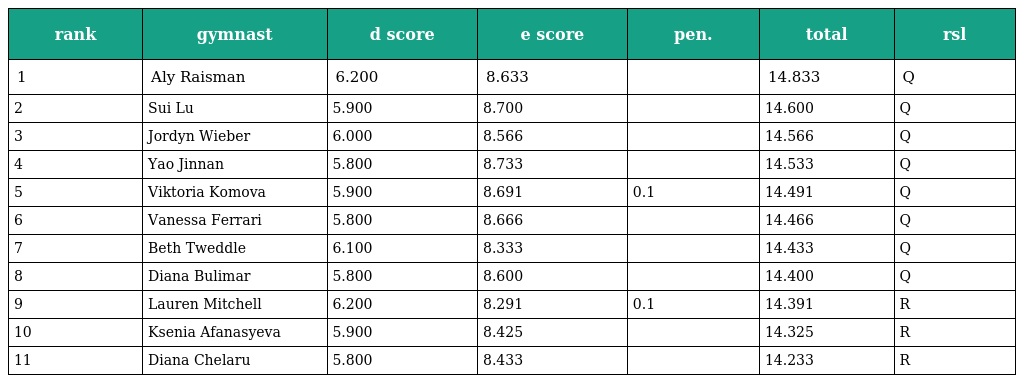
| rank | gymnast | d score | e score | pen. | total | rsl |
 | --- | --- | --- | --- | --- | --- | --- |
 | 1 | Aly Raisman | 6.200 | 8.633 |  | 14.833 | Q |
 | 2 | Sui Lu | 5.900 | 8.700 |  | 14.600 | Q |
 | 3 | Jordyn Wieber | 6.000 | 8.566 |  | 14.566 | Q |
 | 4 | Yao Jinnan | 5.800 | 8.733 |  | 14.533 | Q |
 | 5 | Viktoria Komova | 5.900 | 8.691 | 0.1 | 14.491 | Q |
 | 6 | Vanessa Ferrari | 5.800 | 8.666 |  | 14.466 | Q |
 | 7 | Beth Tweddle | 6.100 | 8.333 |  | 14.433 | Q |
 | 8 | Diana Bulimar | 5.800 | 8.600 |  | 14.400 | Q |
 | 9 | Lauren Mitchell | 6.200 | 8.291 | 0.1 | 14.391 | R |
 | 10 | Ksenia Afanasyeva | 5.900 | 8.425 |  | 14.325 | R |
 | 11 | Diana Chelaru | 5.800 | 8.433 |  | 14.233 | R |